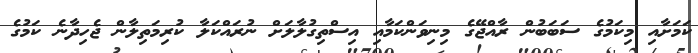
ކަމަށާއި މިކަމުގެ ސަބަބުން ރާއްޖޭގެ މިނިވަންކަމާއި އިސްތިގުލާލަށް ނުރައްކަލާ ކުރިމަތިލާން ޖެހިދާނެ ކަމުގެ